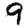
Digit: 9